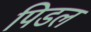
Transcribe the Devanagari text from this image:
पिडल